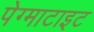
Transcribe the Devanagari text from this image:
पेग्माटाइट